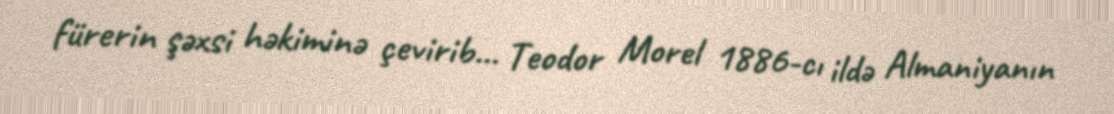
fürerin şəxsi həkiminə çevirib... Teodor Morel 1886-cı ildə Almaniyanın